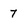
Character: 7